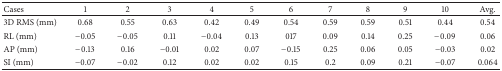
| Cases | 1 | 2 | 3 | 4 | 5 | 6 | 7 | 8 | 9 | 10 | Avg. |
 | --- | --- | --- | --- | --- | --- | --- | --- | --- | --- | --- | --- |
 | 3D RMS (mm) | 0.68 | 0.55 | 0.63 | 0.42 | 0.49 | 0.54 | 0.59 | 0.59 | 0.51 | 0.44 | 0.54 |
 | RL (mm) | −0.05 | −0.05 | 0.11 | −0.04 | 0.13 | 017 | 0.09 | 0.14 | 0.25 | −0.09 | 0.06 |
 | AP (mm) | −0.13 | 0.16 | −0.01 | 0.02 | 0.07 | −0.15 | 0.25 | 0.06 | 0.05 | −0.03 | 0.02 |
 | SI (mm) | −0.07 | −0.02 | 0.12 | 0.02 | 0.02 | 0.15 | 0.2 | 0.09 | 0.21 | −0.07 | 0.064 |